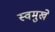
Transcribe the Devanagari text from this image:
स्वमुखे